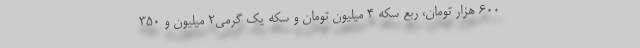
۶۰۰ هزار تومان، ربع سکه ۴ میلیون تومان و سکه یک گرمی۲ میلیون و ۳۵۰